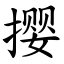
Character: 撄